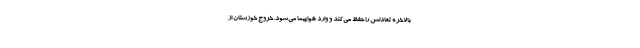
بالاخره تعادلش را حفظ می‌کند و وارد هواپیما می‌شود. خروج خوزستان از